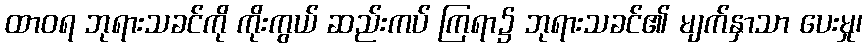
ထာဝရ ဘုရားသခင်ကို ကိုးကွယ် ဆည်းကပ် ကြရာ၌ ဘုရားသခင်၏ မျက်နှာသာ ပေးမှု၊